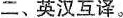
二、英汉互译。